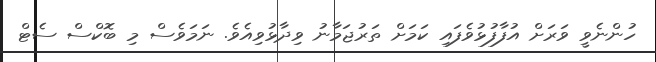
ހުންނެވީ ވަރަށް އުފާފުޅުވެފައި ކަމަށް ތަރުޖަމާނު ވިދާޅުވިއެވެ. ނަމަވެސް މި ބޮކްސް ސެޓް